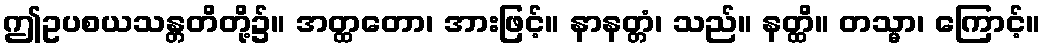
ဤဥပစယသန္တတိတို့၌။ အတ္ထတော၊ အားဖြင့်။ နာနတ္တံ၊ သည်။ နတ္ထိ။ တသ္မာ၊ ကြောင့်။